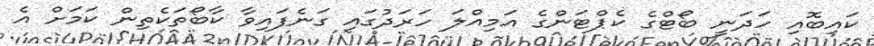
ކައިބޮއި ހަދަނީ ބޯޓްގެ ކެޕްޓަންގެ އަމިއްލަ ހަރަދުގައި ގަނެފައިވާ ކާބޯތަކެތިން ކަމަށް އެ